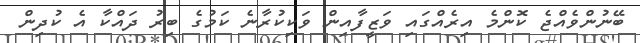
ބޭނުންވެއްޖެ ކޮންމެ އިރެއްގައި ވަޒީފާއިން ވަކިކުރާނެ ކަމުގެ ބިރު ދައްކާ އެ ކުދިން